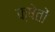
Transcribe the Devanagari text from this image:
क्षेतों